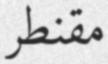
مقنطر